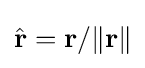
{\textstyle {\hat {\mathbf {r} }}=\mathbf {r} /\|\mathbf {r} \|}